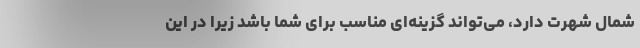
شمال شهرت دارد، می‌تواند گزینه‌ای مناسب برای شما باشد زیرا در این